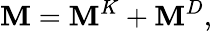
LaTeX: \mathbf{M}=\mathbf{M}^{K}+\mathbf{M}^{D},